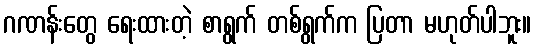
ဂဏန်းတွေ ရေးထားတဲ့ စာရွက် တစ်ရွက်က ပြတာ မဟုတ်ပါဘူး။